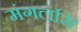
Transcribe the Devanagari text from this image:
मंगलसिं